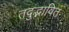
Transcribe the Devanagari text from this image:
तदुद्भावित